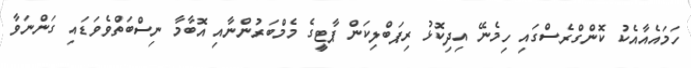
ހަމައެއާއެކު ކޮންގްރެސްގައި ހިމެނޭ އިދިކޮޅު ރިޕަބްލިކަން ޕާޓީގެ މެމްބަރުންނާއި އޮބާމާ ނިސްބަތްވެވަޑައި ގަންނަވާ